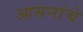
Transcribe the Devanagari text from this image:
आसनांचे